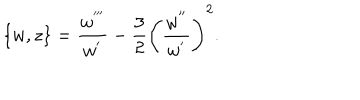
LaTeX: \{ w , z \} = { \frac { w ^ { ' ^ { \prime \prime } } } { w ^ { ' } } } - { \frac { 3 } { 2 } } \left( \frac { w ^ { ' ^ { \prime } } } { w ^ { ' } } \right) ^ { 2 } .